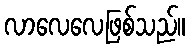
လာလေလေဖြစ်သည်။